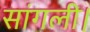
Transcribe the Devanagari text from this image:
सांगली।